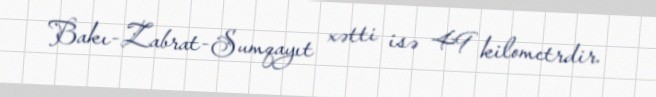
Bakı-Zabrat-Sumqayıt xətti isə 49 kilometrdir.